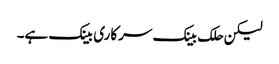
لیکن حلک بینک سرکاری بینک ہے۔